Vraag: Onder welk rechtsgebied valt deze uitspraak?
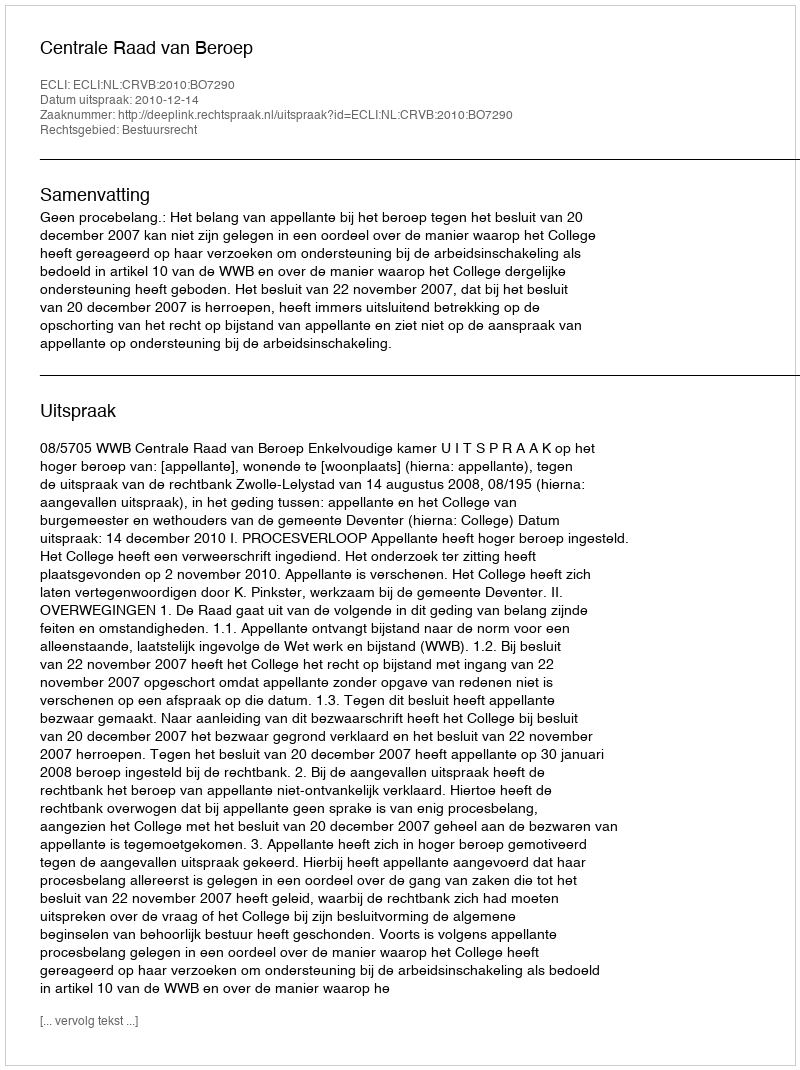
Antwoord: Bestuursrecht